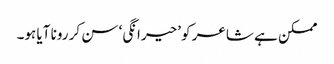
ممکن ہے شاعر کو ’حیرانگی‘ سن کر رونا آیا ہو۔